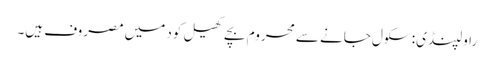
راولپنڈی: سکول جانے سے محروم بچے کھیل کود میں مصروف ہیں۔